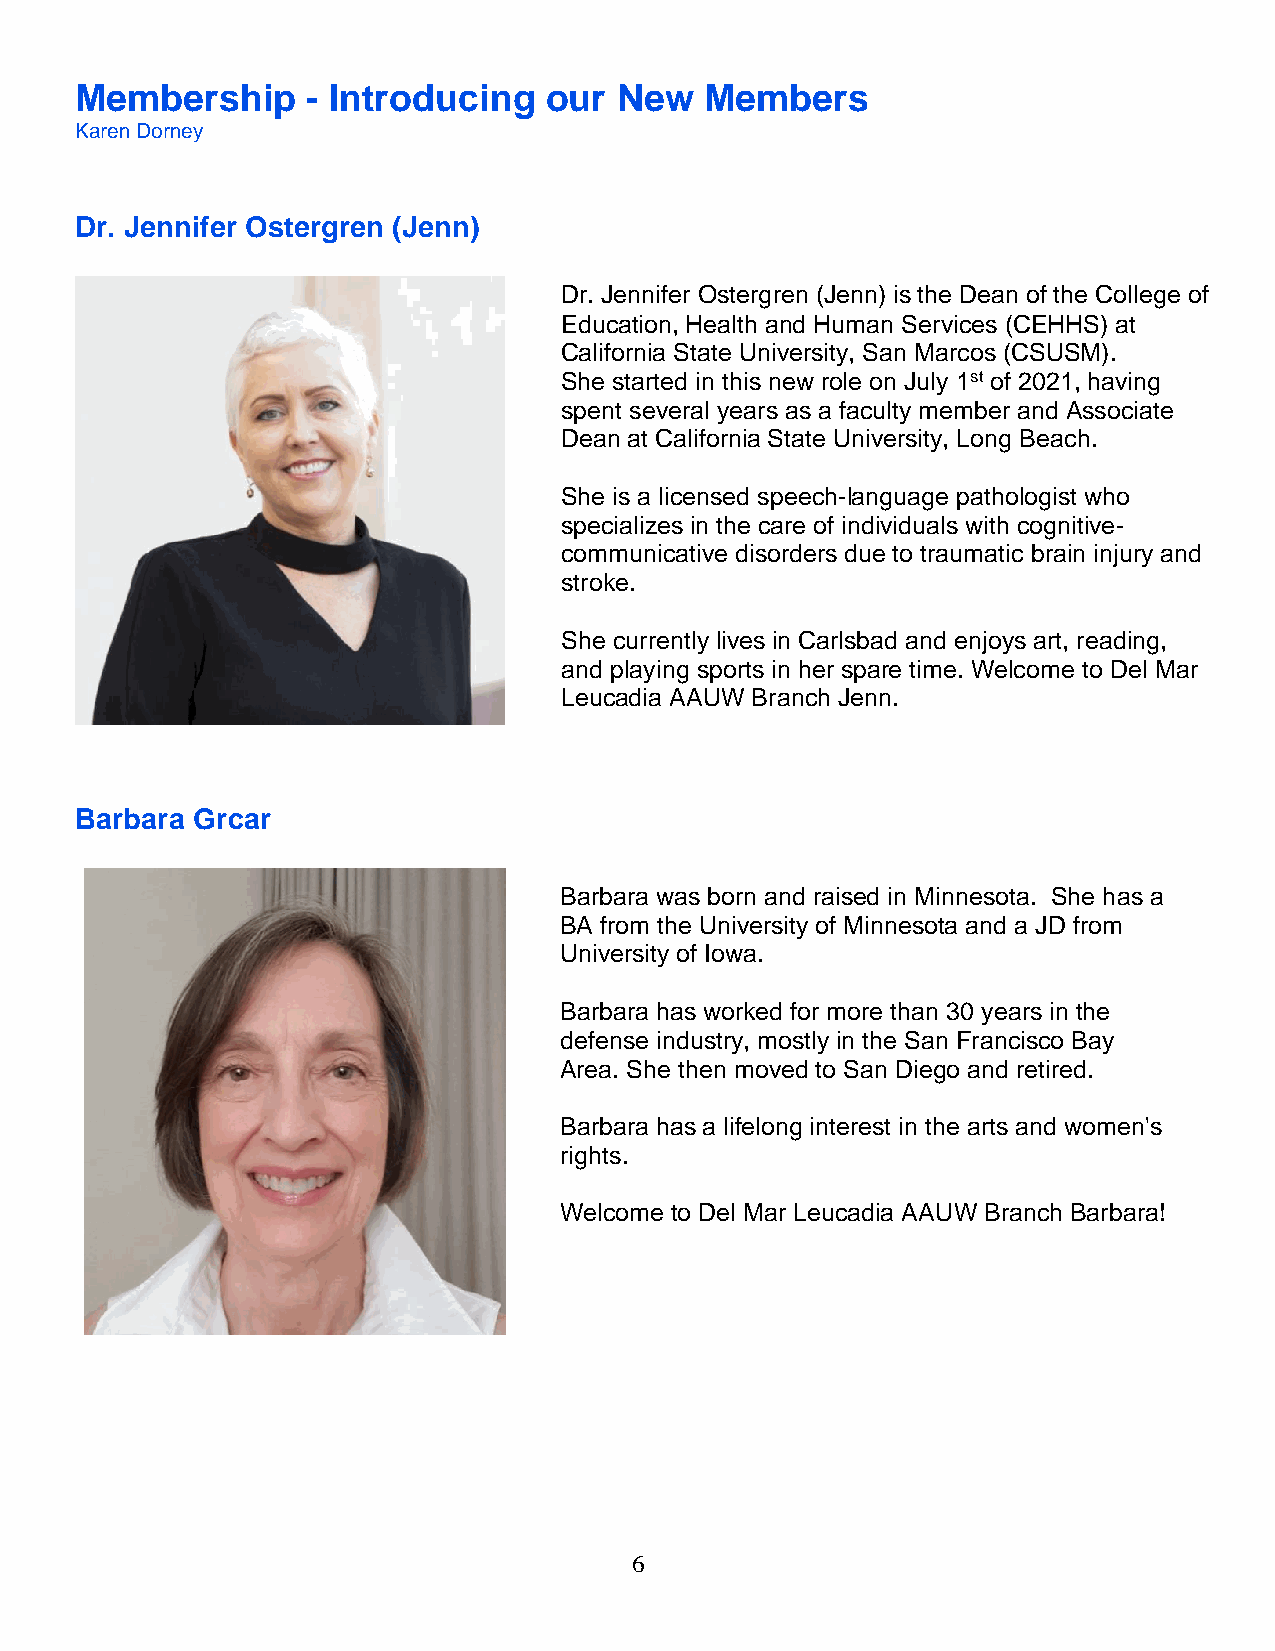
Membership     - Introducing   our  New   Members
 Karen Dorney
 Dr. Jennifer Ostergren (Jenn)
 Dr. Jennifer Ostergren (Jenn) is the Dean of the College of
 Education, Health and Human Services (CEHHS) at
 California State University, San Marcos (CSUSM).
 She started in this new role on July 1st of 2021, having
 spent several years as a faculty member and Associate
 Dean at California State University, Long Beach.
 She is a licensed speech-language pathologist who
 specializes in the care of individuals with cognitive-
 communicative disorders due to traumatic brain injury and
 stroke.
 She currently lives in Carlsbad and enjoys art, reading,
 and playing sports in her spare time. Welcome to Del Mar
 Leucadia AAUW Branch Jenn.
 Barbara Grcar
 Barbara was born and raised in Minnesota. She has a
 BA from the University of Minnesota and a JD from
 University of Iowa.
 Barbara has worked for more than 30 years in the
 defense industry, mostly in the San Francisco Bay
 Area. She then moved to San Diego and retired.
 Barbara has a lifelong interest in the arts and women's
 rights.
 Welcome to Del Mar Leucadia AAUW Branch Barbara!
 6